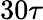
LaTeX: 30\tau